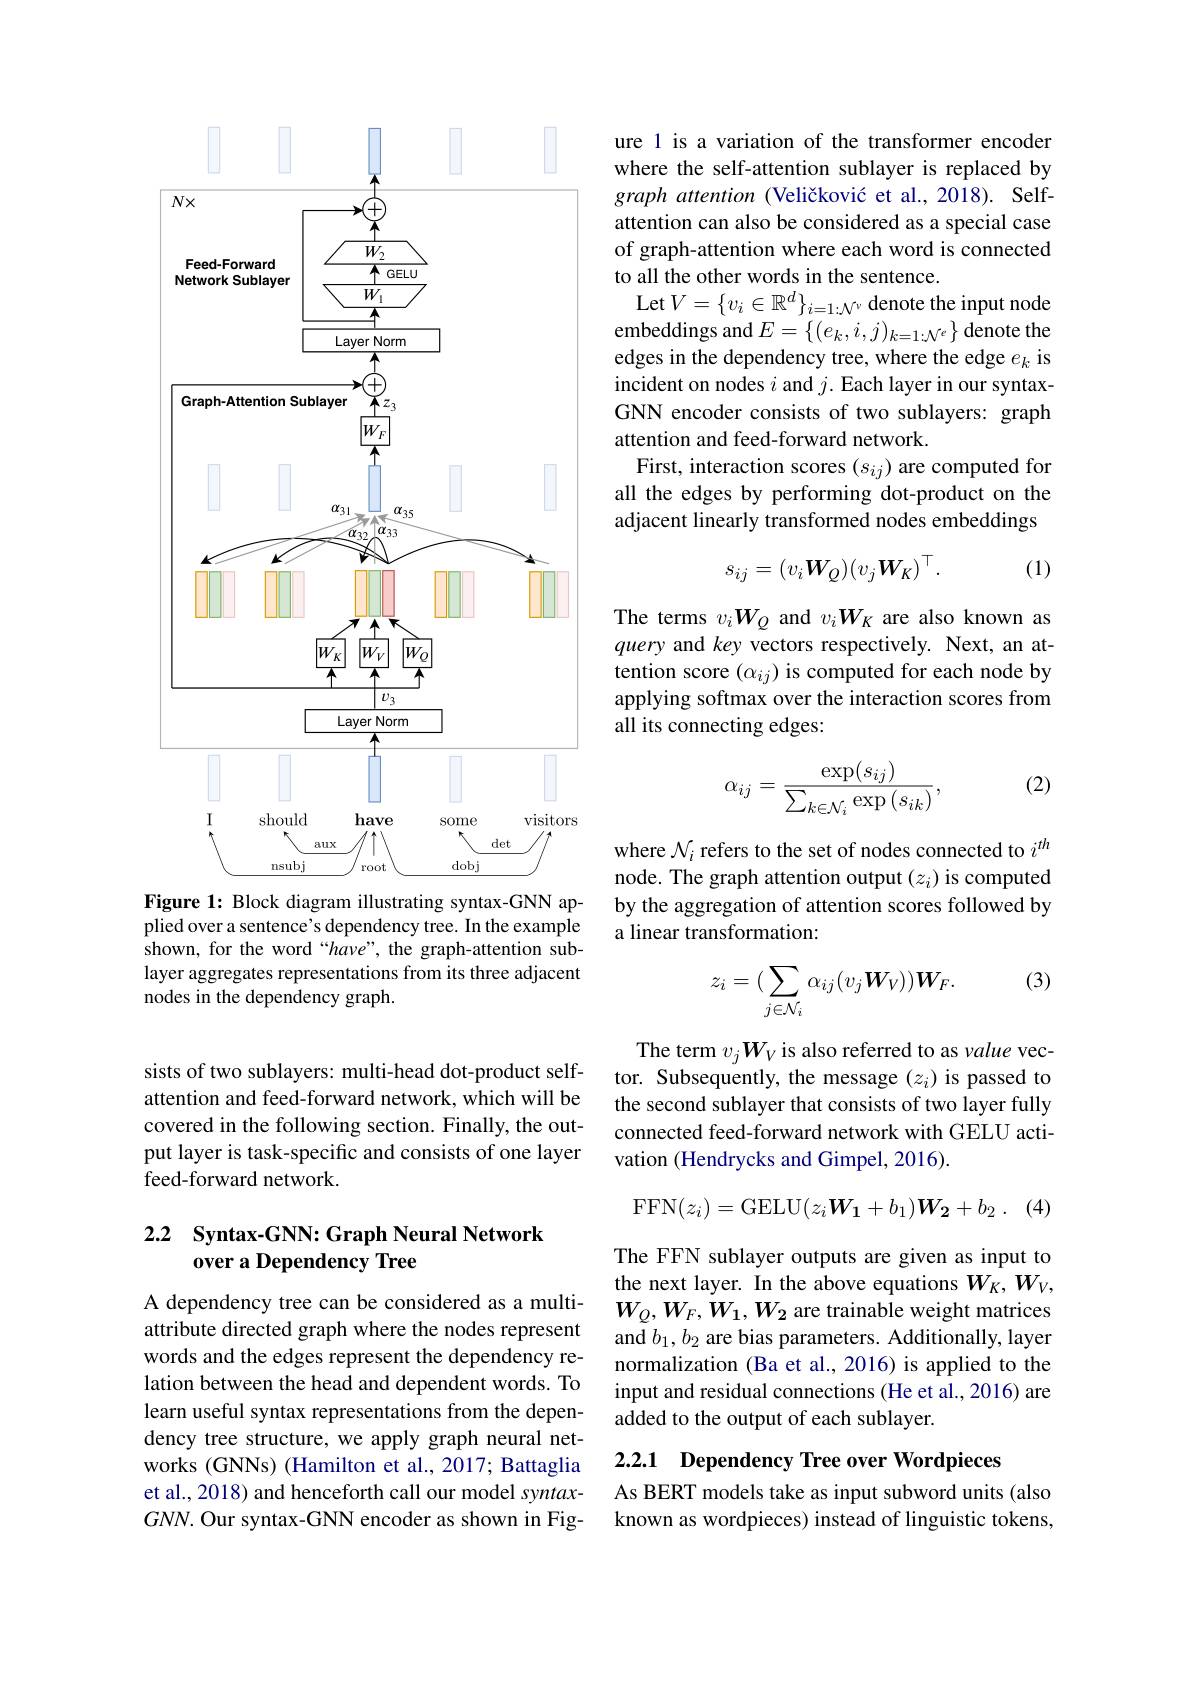
sists of two sublayers: multi-head dot-product selfattention and feed-forward network, which will be covered in the following section. Finally, the output layer is task-specific and consists of one layer feed-forward network.

## 2.2 Syntax-GNN: Graph Neural Network over a Dependency Tree

A dependency tree can be considered as a multiattribute directed graph where the nodes represent words and the edges represent the dependency relation between the head and dependent words. To learn useful syntax representations from the dependency tree structure, we apply graph neural networks (GNNs) (Hamilton et al., 2017; Battaglia et al., 2018) and henceforth call our model syntax- $GNN.$ Our syntax-GNN encoder as shown in Fig-

<FigureHere>
Figure 1: Block diagram illustrating syntax-GNN ap-

plied over a sentence's dependency tree. In the example shown, for the word“have”, the graph-attention sublayer aggregates representations from its three adjacent nodes in the dependency graph.

ure 1 is a variation of the transformer encoder where the self-attention sublayer is replaced by graph attention (Veličković et al.,2018). Selfattention can also be considered as a special case of graph-attention where each word is connected to all the other words in the sentence.
Let$V=\{v_i\in\mathbb{R}^d\}_{i=1:\mathcal{N}^\nu}$ denote the input node embeddings and $E=\left\{(e_k,i,j)_{k=1:\mathcal{N}^e}\right\}$ denote the edges in the dependency tree, where the edge $e_k$ is incident on nodes $i$ and $j.$ Each layer in our syntaxGNN encoder consists of two sublayers: graph attention and feed-forward network.
First, interaction scores $(s_{ij})$ are computed for all the edges by performing dot-product on the adjacent linearly transformed nodes embeddings

(1)
$$s_{ij}=(v_i\boldsymbol{W}_Q)(v_j\boldsymbol{W}_K)^\top.$$
The terms $v_iW_Q$ and $v_iW_K$ are also known as query and key vectors respectively. Next, an attention score $(\alpha_{ij})$ is computed for each node by applying softmax over the interaction scores from all its connecting edges:

(2)
$$\alpha_{ij}=\frac{\exp(s_{ij})}{\sum_{k\in\mathcal{N}_{i}}\exp{(s_{ik})}},$$
where $\mathcal{N}_i$ refers to the set of nodes connected to $i^{th}$ node. The graph attention output $(z_i)$ is computed by the aggregation of attention scores followed by a linear transformation:

(3)
$$\begin{aligned}z_i=(\sum_{j\in\mathcal{N}_i}\alpha_{ij}(v_j\boldsymbol{W}_V))\boldsymbol{W}_F.\end{aligned}$$
The term $v_jW_V$ is also referred to as value vector. Subsequently, the message $(z_i)$ is passed to the second sublayer that consists of two layer fully connected feed-forward network with GELU activation (Hendrycks and Gimpel, 2016).

(4)
$$\mathrm{FFN}(z_i)=\mathrm{GELU}(z_i\boldsymbol{W_1}+b_1)\boldsymbol{W_2}+b_2\:.$$
The FFN sublayer outputs are given as input to the next layer. In the above equations $W_K,W_V$, $W_Q,W_F,W_1,W_2$ are trainable weight matrices and $b_1,b_2$ are bias parameters. Additionally, layer normalization (Ba et al., 2016) is applied to the input and residual connections (He et al., 2016) are added to the output of each sublayer.

2.2.1 Dependency Tree over Wordpieces

As BERT models take as input subword units (also known as wordpieces) instead of linguistic tokens,